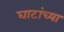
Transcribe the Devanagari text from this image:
घाटांच्या